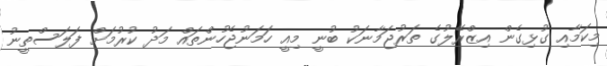
މިކަމާއި ގުޅިގެން އިޒްރޭލުގެ ތަރުޖަމާނަކު ބުނީ މިއީ ހަމަނުޖެހުންތައް މަދު ކުރުމަށް ފަލަސްތީނު